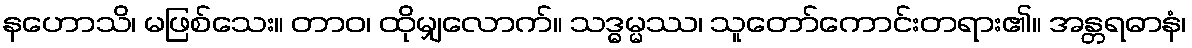
နဟောသိ၊ မဖြစ်သေး။ တာဝ၊ ထိုမျှလောက်။ သဒ္ဓမ္မဿ၊ သူတော်ကောင်းတရား၏။ အန္တရဓာနံ၊